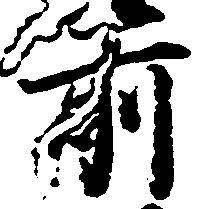
前